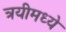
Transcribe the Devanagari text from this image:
त्रयीमध्ये